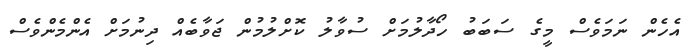
އެހެން ނަމަވެސް މީގެ ސަބަބު ހޯދާލުމަށް ސުވާލު ކޮށްލުމުން ޖަވާބެއް ދިނުމަށް އެންމެންވެސް